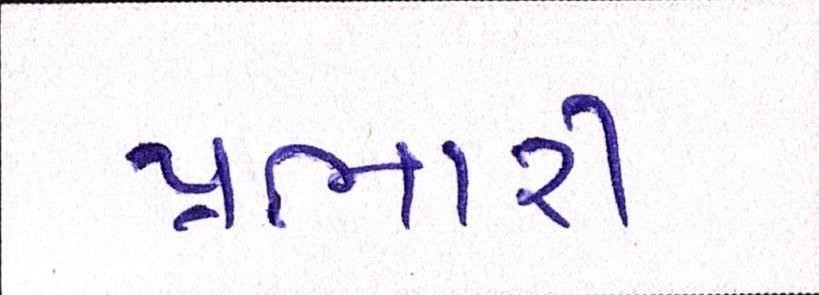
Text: પ્રભારી